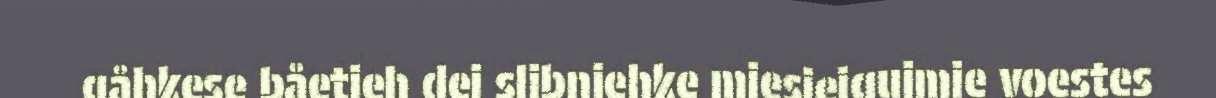
gåhkese båetieh dej slibnjehke miesiejgujmie voestes